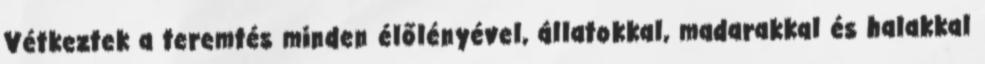
Vétkeztek a teremtés minden élőlényével, állatokkal, madarakkal és halakkal